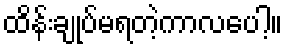
ထိန်းချုပ်မရတဲ့ကာလပေါ့။